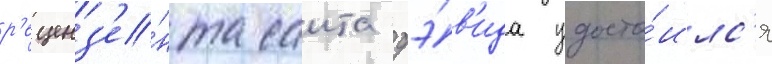
р'еценз'е́нта саита дэ́в'ида удосто́илс'я